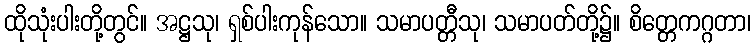
ထိုသုံးပါးတို့တွင်။ အဋ္ဌသု၊ ရှစ်ပါးကုန်သော။ သမာပတ္တီသု၊ သမာပတ်တို့၌။ စိတ္တေကဂ္ဂတာ၊